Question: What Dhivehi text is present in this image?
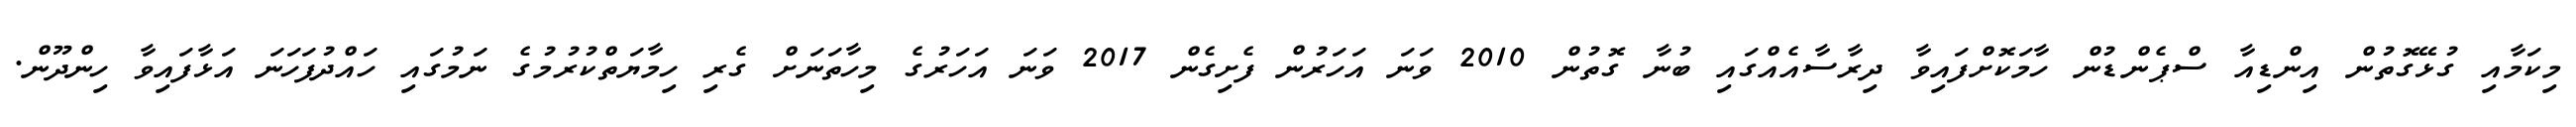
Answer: މިކަމާއި ގުޅޭގޮތުން އިންޑިއާ ސްޕެންޑުން ހާމަކޮށްފައިވާ ދިރާސާއެއްގައި ބުނާ ގޮތުން 2010 ވަނަ އަހަރުން ފެށިގެން 2017 ވަނަ އަހަރުގެ މިހާތަނަށް ގެރި ހިމާޔަތްކުރުމުގެ ނަމުގައި ހައްދުފަހަނަ އަޅާފައިވާ ހިންދޫން.